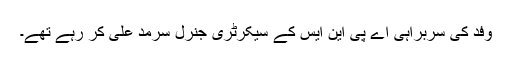
وفد کی سربراہی اے پی این ایس کے سیکرٹری جنرل سرمد علی کر رہے تھے۔